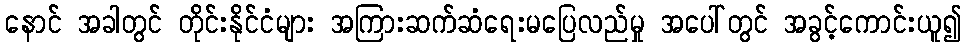
နောင် အခါတွင် တိုင်းနိုင်ငံများ အကြားဆက်ဆံရေးမပြေလည်မှု အပေါ်တွင် အခွင့်ကောင်းယူ၍